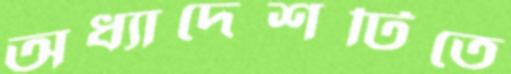
অধ্যাদেশটিতে